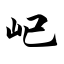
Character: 屺